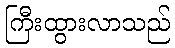
ကြီးထွားလာသည်